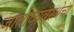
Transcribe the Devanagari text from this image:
जातीव्यवस्थेचा